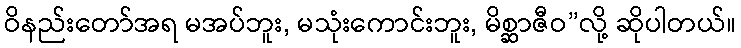
ဝိနည်းတော်အရ မအပ်ဘူး, မသုံးကောင်းဘူး, မိစ္ဆာဇီဝ”လို့ ဆိုပါတယ်။